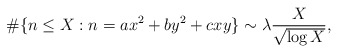
\begin{align*}\#\{n\le X: n=ax^2+by^2+cxy \}\sim \lambda\frac{X}{\sqrt{\log X}},\end{align*}